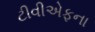
ટીવીએફના